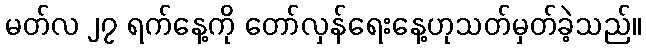
မတ်လ ၂၇ ရက်နေ့ကို တော်လှန်ရေးနေ့ဟုသတ်မှတ်ခဲ့သည်။